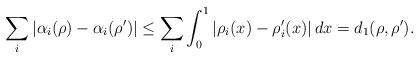
LaTeX: \begin{align*}\sum_i|\alpha_i(\rho)-\alpha_i(\rho')|\leq \sum_i\int_0^1|\rho_i(x)-\rho'_i(x)|\,dx=d_1(\rho,\rho').\end{align*}